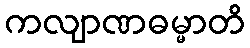
ကလျာဏဓမ္မာတိ